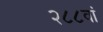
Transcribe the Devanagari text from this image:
२८८वां